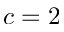
c = 2